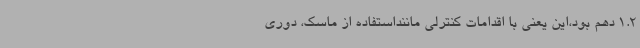
1.2 دهم بود،این یعنی با اقدامات کنترلی ماننداستفاده از ماسک، دوری